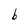
Character: 6